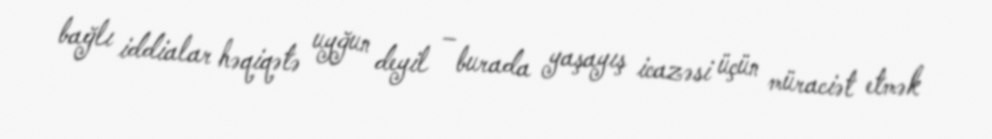
bağlı iddialar həqiqətə uyğun deyil – burada yaşayış icazəsi üçün müraciət etmək